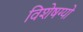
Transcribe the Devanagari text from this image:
विशेषग्यों